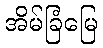
အိမ်ခြံမြေ